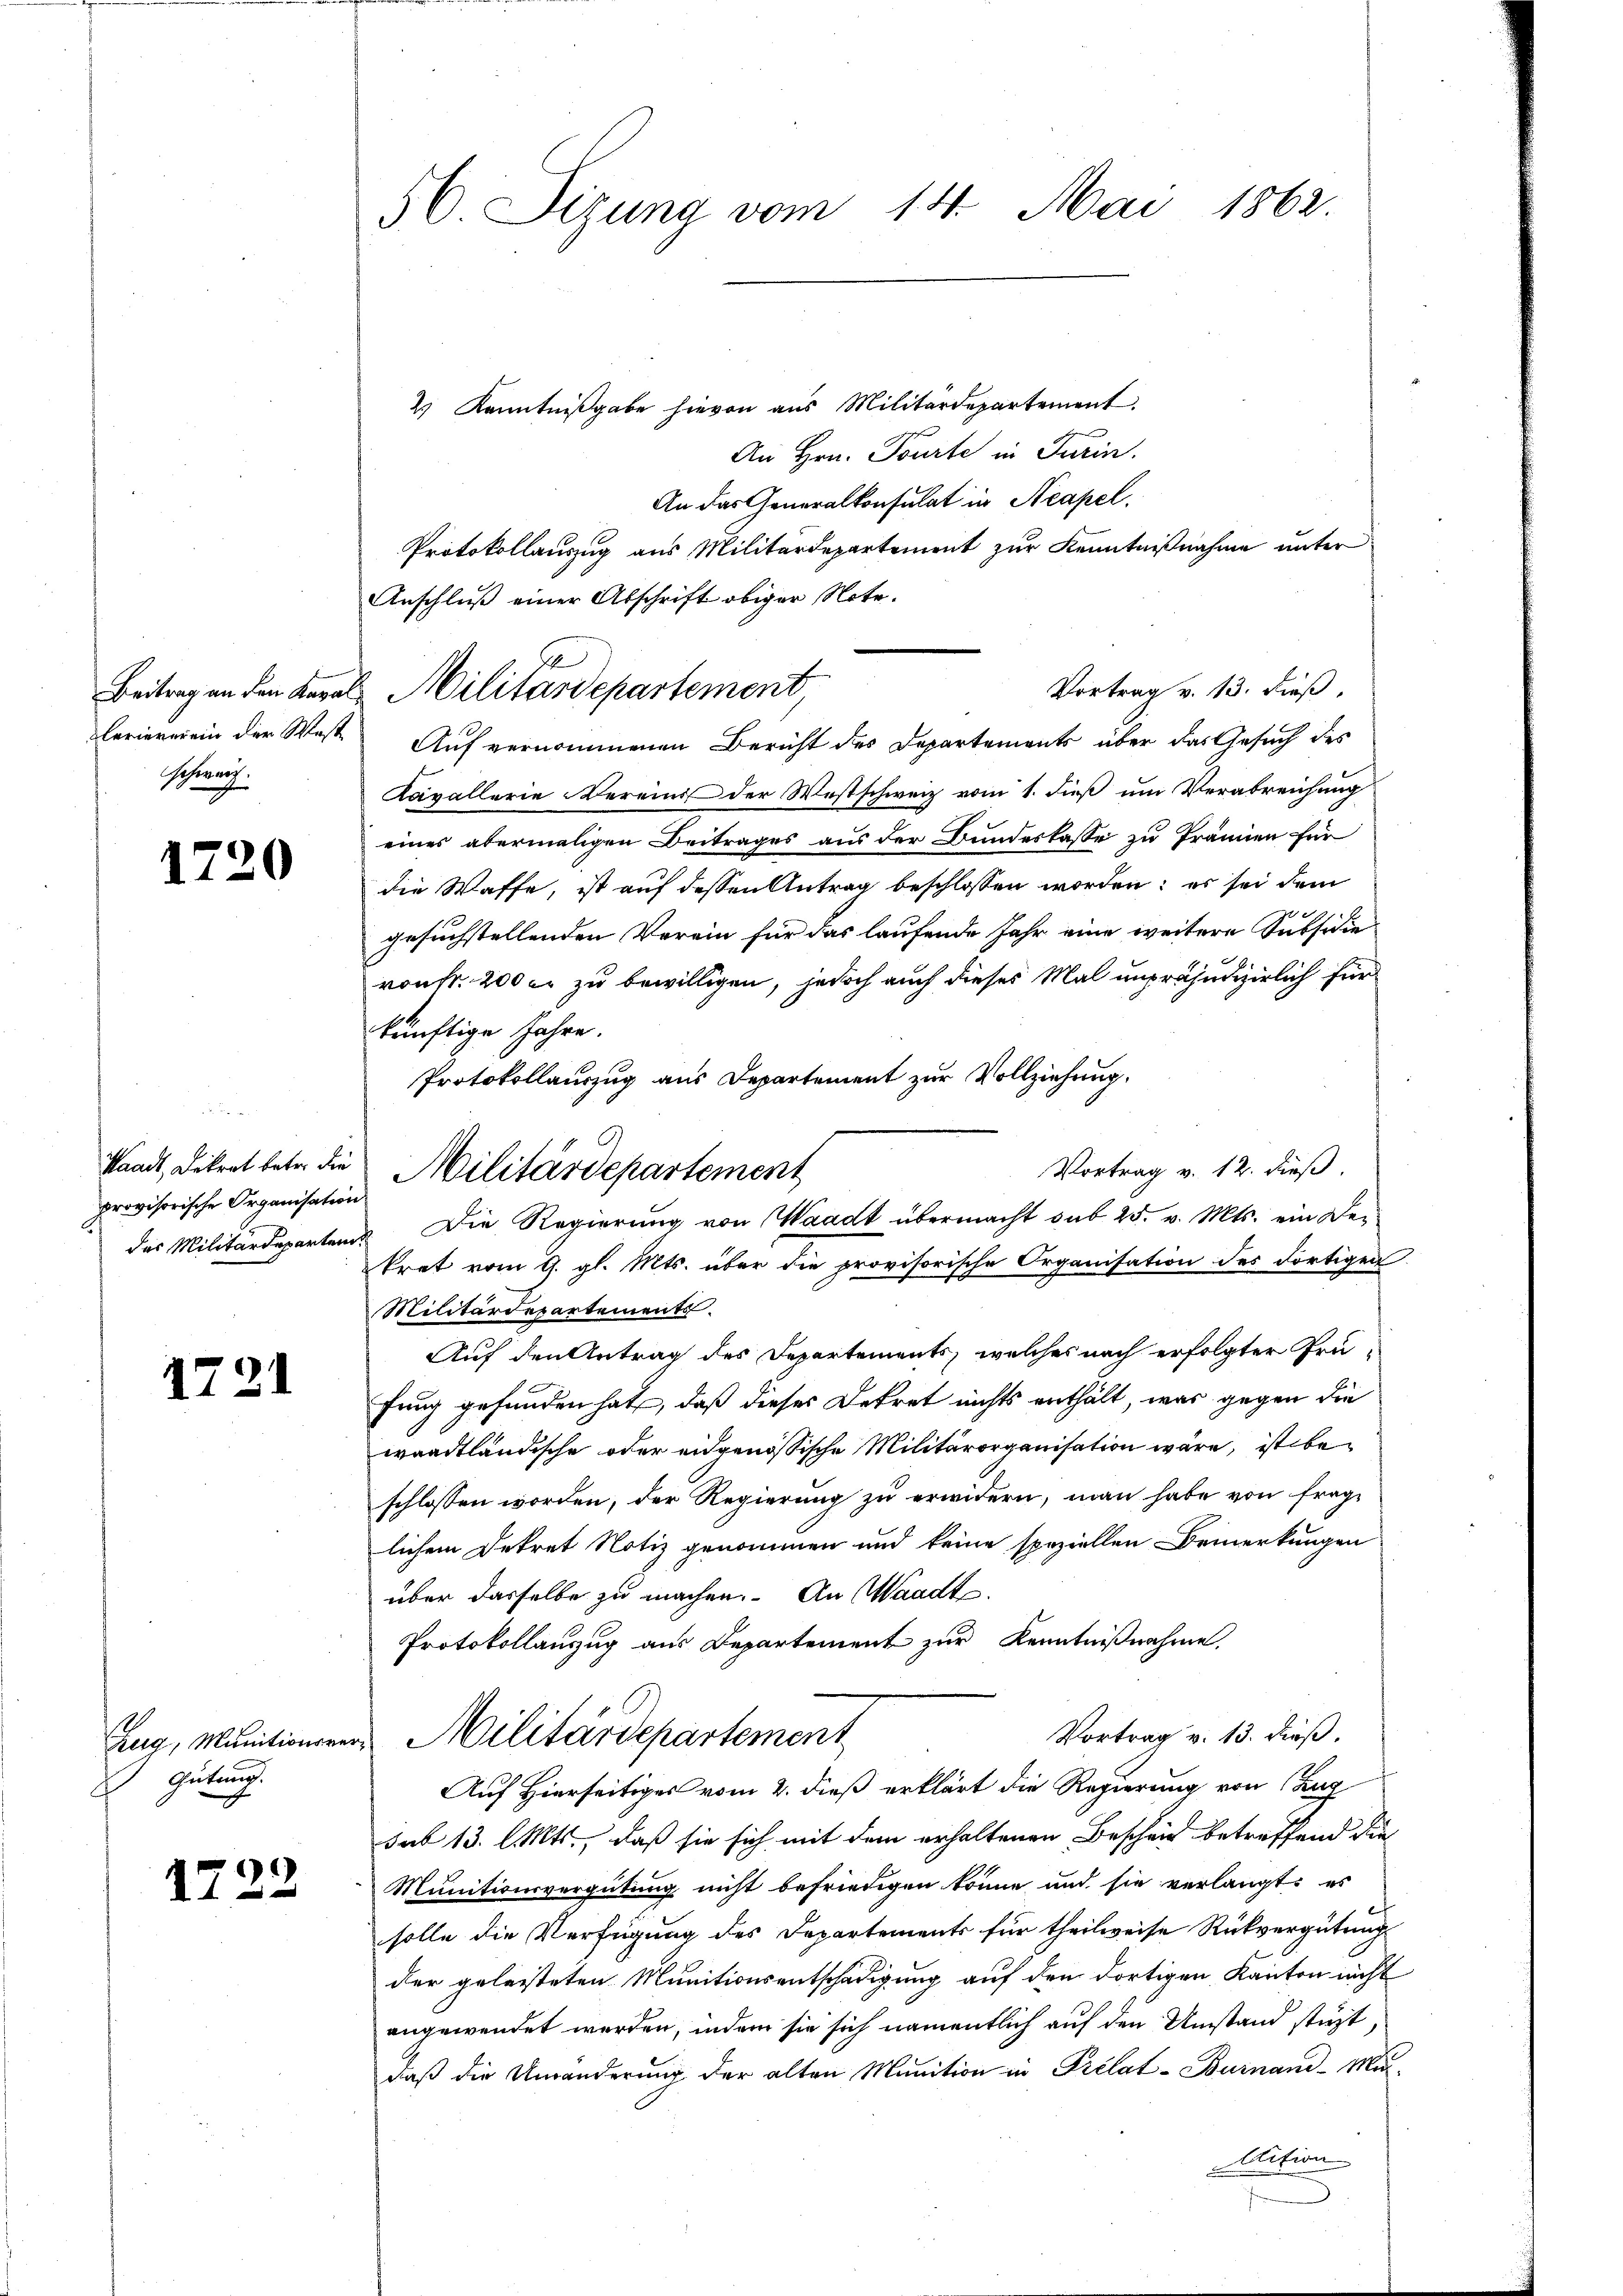
Beitrag an den Kaval
Ferieverein der Weste
Schwarz

1720

Waadt, Dekret betr. die
provisorische Organisation
das Militärdeparten.

1721

ZZug, Munitionsre
Gütung.

1722

56. Sizung vom 14. Mai 1862.

2) Kenntnißgabe hievon aus Militärdepartement.
An Hrn. Tourte in Turin.
An das Generalkonsulat in Neapel.
Protokollauszug aus Militärdepartement zur Kenntnißnahme unter
Anschluß einer Abschrift obiger Note.
Vortrag v. 13. dieß.
Auf vernommenen Bericht des Departements über das Gesuch des
Kavallerie Verein der Westschweiz vom 1. dieß um Verabreichung
eines abermaligen Beitrages aus der Bundeskasse zu Prämien für
die Waffe, ist auf dessen Antrag beschlossen worden; es sei dem
gesuchstellenden Verein für das laufende Jahr eine weitere Subsidie
ronfr. 200 er zu bewilligen, jedoch auch dieses Mal unpräjudizierlich für
künftige Jahre.
Protokollauszug aus Departement zur Vollziehung,
Vortrag v. 12. dieß.
kret vom 9. gl. Mts. über die provisorische Organisation des dortigen
Militärdepartements.
Auf den Antrag des Departements, welches nach erfolgter Prüfung gefunden hat, daß dieses Dekret nichts enthält, was gegen die
waadtländische oder eidgenössische Militärorganisation wäre, ist beschlossen worden, der Regierung zu erwidern, man habe von frage
lichem Dekret Notiz genommen und keine speziellen Bemerkungen
über dasselbe zu machen. An Waadt.
Protokollanzug aus Departement zur Kenntnißnahme.
Vortrag v. 13. dieß.
Militärdepartement
Auf Hierseitiges vom 2. dieß erklärt die Regierung von Zug
sab 13. l. Mts., daß sie sich mit dem erhaltenen Beschein betreffend die
Munitionsvergütung nicht befriedigen könne und sie verlangt, es
solle die Verfügung des Departements für theilweise Rückvergütung
der geleisteten Munitionsentschädigung auf den dortigen Kanton nicht
angewendet werden, indem sie sich namentlich auf den Umstand stüzt,
daß die Umänderung der alten Munition in Prelat-Burnaud-Mi-
Aition

1
Militärdepartement

Militärdepartement
Die Regierung von Waadt übermacht sub 25. v. Mts. ein der